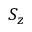
S _ { z }